Lunatic asylums Burma 1907-21 - 1907-1921
Year: 1907
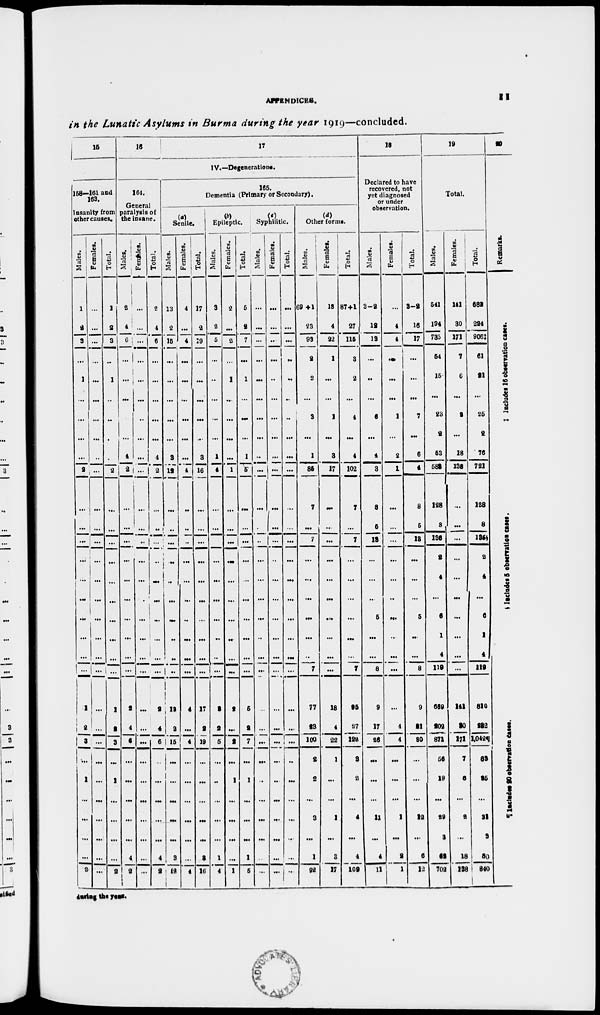
APPENDICES.
11
in the Lunatic Asylums in Burma during the year 1919—concluded.
15
158—161 and
163.
Insanity from
other causes.
Males.
1
2
3
...
1
...
...
...
...
2
...
...
...
...
...
...
...
...
...
...
1
2
3
...
1
...
...
...
...
2
Females.
...
...
...
...
...
...
...
...
...
...
...
...
...
...
...
...
...
...
...
...
...
...
...
...
...
...
...
...
...
Total.
1
2
3
...
1
...
...
...
...
2
...
...
...
...
...
...
...
...
...
1
2
3
...
1
...
...
...
...
2
16
17
IV.—Degenerations.
164.
General
paralysis of
the insane.
Males.
2
4
6
...
...
...
...
...
4
2
...
...
...
...
...
...
...
...
...
2
4
6
...
...
...
...
...
4
2
Females.
...
...
...
...
...
...
...
...
...
...
...
...
...
...
...
...
...
...
...
...
...
...
...
...
...
...
...
...
...
...
Total.
2
4
6
...
...
...
...
...
4
2
...
...
...
...
...
...
...
...
...
...
2
4
6
...
...
...
...
...
4
2
165.
Dementia (Primary or Secondary).
Senile.
Males.
13
2
15
...
...
...
...
...
3
12
...
...
...
...
...
...
...
...
...
...
13
2
15
...
...
...
...
...
8
12
Females.
4
...
4
...
...
...
...
...
...
4
...
...
...
...
...
...
...
...
...
4
...
4
...
...
...
...
...
...
4
Total.
17
2
19
...
...
...
...
...
3
16
...
...
...
...
...
...
...
...
...
...
17
2
19
...
...
...
...
...
8
16
Epileptic.
Males.
3
2
5
...
...
...
...
...
1
4
...
...
...
...
...
...
...
...
...
...
3
2
5
...
...
...
...
...
1
4
Females.
2
...
2
...
1
...
...
...
...
1
...
...
...
...
...
...
...
...
...
...
2
...
2
...
1
...
...
...
...
1
Total.
5
9
7
...
1
...
...
...
1
5
...
...
...
...
...
...
...
...
...
...
5
2
7
...
1
...
...
...
1
5
Syphilitic.
Males.
...
...
...
...
...
...
...
...
...
...
...
...
...
...
...
...
...
...
...
...
...
...
...
...
...
...
...
...
...
...
Females.
...
...
...
...
...
...
...
...
...
...
...
...
...
...
...
...
...
...
...
...
...
...
...
...
...
...
...
...
...
...
Total.
...
...
...
...
...
...
...
...
...
...
...
...
...
...
...
...
...
...
...
...
...
...
...
...
...
...
...
...
...
...
(d)
Other forms.
Males.
69 +1
23
93
2
2
...
3
...
1
85
7
...
7
...
...
...
...
...
...
7
77
23
100
2
2
...
3
...
1
92
Females.
18
4
22
1
...
...
1
...
3
17
...
...
...
...
...
...
...
...
...
...
18
4
22
1
...
...
1
...
3
17
Total.
87+1
27
115
3
2
...
4
...
4
102
...
...
7
...
...
...
...
...
...
7
95
27
122
3
2
...
4
...
4
109
18
Declared to have
recovered, not
yet diagnosed
or under
observation.
Males.
3-2
12
13
...
...
...
6
...
4
3
8
5
18
...
...
...
5
...
...
8
9
17
26
...
...
...
11
...
4
11
Females.
...
4
4
...
...
...
1
...
2
1
...
...
...
...
...
...
...
...
...
...
4
4
...
...
...
1
...
2
1
Total.
3-2
16
17
...
...
...
7
...
6
4
8
5
18
...
...
...
5
...
...
8
9
21
30
...
...
...
12
...
6
12
19
Total.
Males.
541
194
735
54
15
...
23
2
53
583
128
8
136
2
4
...
6
1
4
119
669
202
871
56
19
...
29
3
62
702
Females.
141
30
171
7
6
...
2
...
18
138
...
...
...
...
...
...
...
...
...
...
141
30
171
7
6
...
2
...
18
138
Total.
682
224
906‡
61
21
...
25
2
76
721
128
8
136§
2
4
...
6
1
4
119
810
232
1,042¶
63
25
...
31
3
80
840
20
Remarks.
‡ Includes 16 observtion cases.
§ I nc l ude s 5 o b s e r v a t i o n cases.
¶ Includes 20 observation cases.
during the year.